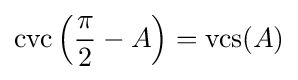
\operatorname {cvc} \left({\frac {\pi }{2}}-A\right)=\operatorname {vcs} (A)